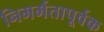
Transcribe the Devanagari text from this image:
निमर्मतापूर्वक